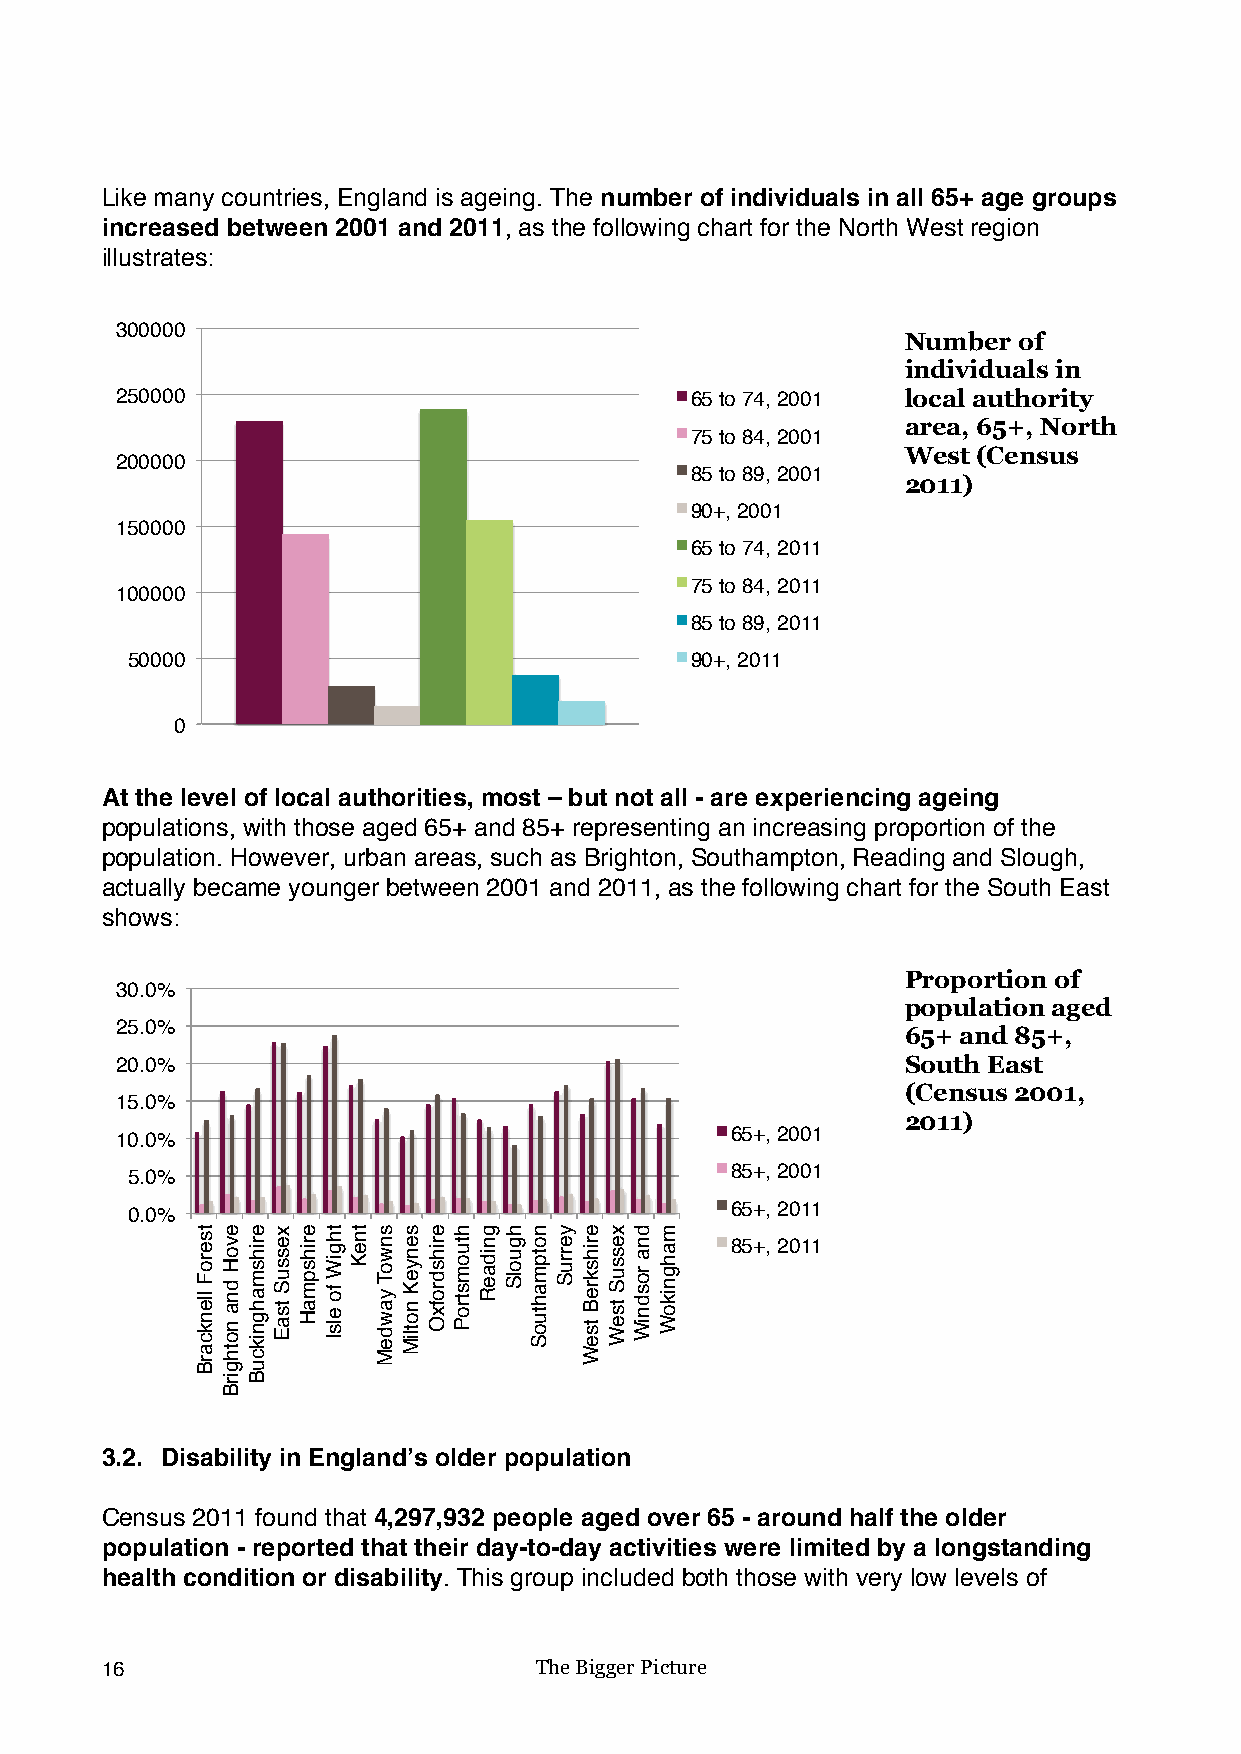
Like many countries, England is ageing. The number of individuals in all 65+ age groups
 increased between 2001 and 2011, as the following chart for the North West region
 illustrates:
 300000
 Number of
 individuals in
 250000                                65 to 74, 2001 local authority
 area, 65+, North
 75 to 84, 2001
 West (Census
 200000
 85 to 89, 2001
 2011)
 90+, 2001
 150000
 65 to 74, 2011
 75 to 84, 2011
 100000
 85 to 89, 2011
 50000                                 90+, 2011
 0
 At the level of local authorities, most – but not all - are experiencing ageing
 populations, with those aged 65+ and 85+ representing an increasing proportion of the
 population. However, urban areas, such as Brighton, Southampton, Reading and Slough,
 actually became younger between 2001 and 2011, as the following chart for the South East
 shows:
 Proportion of
 30.0%
 population aged
 25.0%
 65+ and 85+,
 20.0%                                               South East
 (Census 2001,
 15.0%
 2011)
 10.0%                                   65+, 2001
 5.0%                                    85+, 2001
 65+, 2011
 0.0%
 85+, 2011
 3.2. Disability in England’s older population
 Census 2011 found that 4,297,932 people aged over 65 - around half the older
 population - reported that their day-to-day activities were limited by a longstanding
 health condition or disability. This group included both those with very low levels of
 16                          The Bigger Picture
 tseroF
 llenkcarB
 evoH
 dna
 nothgirB
 erihsmahgnikcuB xessuS
 tsaE
 erihspmaH thgiW
 fo
 elsI
 tneK snwoT
 yawdeM
 senyeK
 notliM
 erihsdrofxO htuomstroP gnidaeR hguolS notpmahtuoS yerruS erihskreB
 tseW
 xessuS
 tseW
 dna
 rosdniW
 mahgnikoW